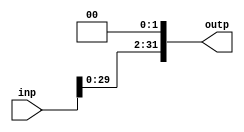
`ifndef SHIFTER
`define SHIFTER
	module shifter(
		input [31:0] inp,
		output [31:0] outp);
		
		assign outp = {inp[29:0],2'b00};
		
	endmodule
`endif